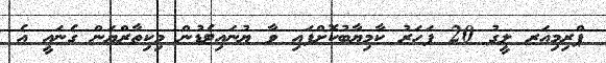
ޕްރިމިއަރ ލީގު 20 ފަހަރު ކާމިޔާބުކޮށްފައި ވާ ޔުނައިޓެޑުން މިކިތާރްޔަން ގެނައީ އެ